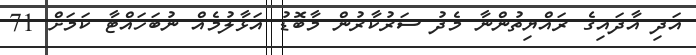
އަދި އާދައިގެ ރައްޔިތުންނާ މެދު ސަރުކާރުން މާބޮޑު އަޅާލުމެއް ނުބަހައްޓާ ކަމަށް 71